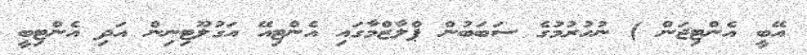
އޭބީ އެންޓިޖަން ) ނުހުރުމުގެ ސަބަބުން ޕްލާޒްމާގައި އެންޓިއޭ އަގުލޫޓިނިން އަދި އެންޓިބީ